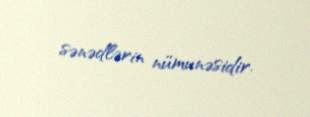
sənədlərin nümunəsidir.